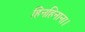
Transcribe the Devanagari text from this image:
हिनहिनाना।